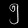
Digit: ၅